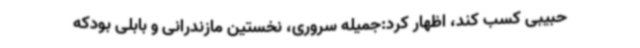
حبیبی کسب کند، اظهار کرد:جمیله سروری، نخستین مازندرانی و بابلی بودکه